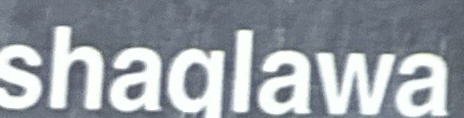
shaqlawa